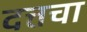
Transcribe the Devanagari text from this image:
दत्तचा